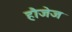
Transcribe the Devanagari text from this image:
हौजेज